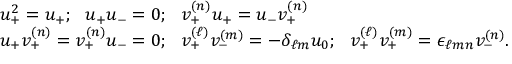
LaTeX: \begin{array} { l } { { u _ { + } ^ { 2 } = u _ { + } ; \ \ u _ { + } u _ { - } = 0 ; \ \ v _ { + } ^ { ( n ) } u _ { + } = u _ { - } v _ { + } ^ { ( n ) } } } \\ { { u _ { + } v _ { + } ^ { ( n ) } = v _ { + } ^ { ( n ) } u _ { - } = 0 ; \ \ v _ { + } ^ { ( \ell ) } v _ { - } ^ { ( m ) } = - \delta _ { \ell m } u _ { 0 } ; \ \ v _ { + } ^ { ( \ell ) } v _ { + } ^ { ( m ) } = \epsilon _ { \ell m n } v _ { - } ^ { ( n ) } . } } \end{array}